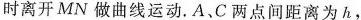
时离开MN做曲线运动。A、C两点间距离为h，